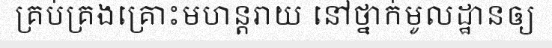
គ្រប់គ្រងគ្រោះមហន្តរាយ នៅថ្នាក់មូលដ្ឋានឲ្យ